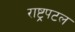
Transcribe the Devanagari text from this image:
राष्ट्रपटल